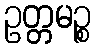
ဥတ္တမဉ္စ